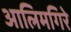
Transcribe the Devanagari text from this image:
आलिमगिरे